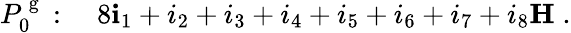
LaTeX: \begin{array}{r}{P_{0}^{\mathrm{~g~}}:\quad 8\le i_{1}+i_{2}+i_{3}+i_{4}+i_{5}+i_{6}+i_{7}+i_{8}\le H\; .}\end{array}